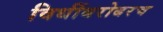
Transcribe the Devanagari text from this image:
विधींबरोबरच